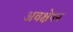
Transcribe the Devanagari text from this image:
अवक्षेपन